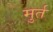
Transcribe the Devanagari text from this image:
मुर्त